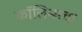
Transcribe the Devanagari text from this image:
कॉलिन्सचा